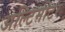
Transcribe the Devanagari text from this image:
अल्टिमीटर